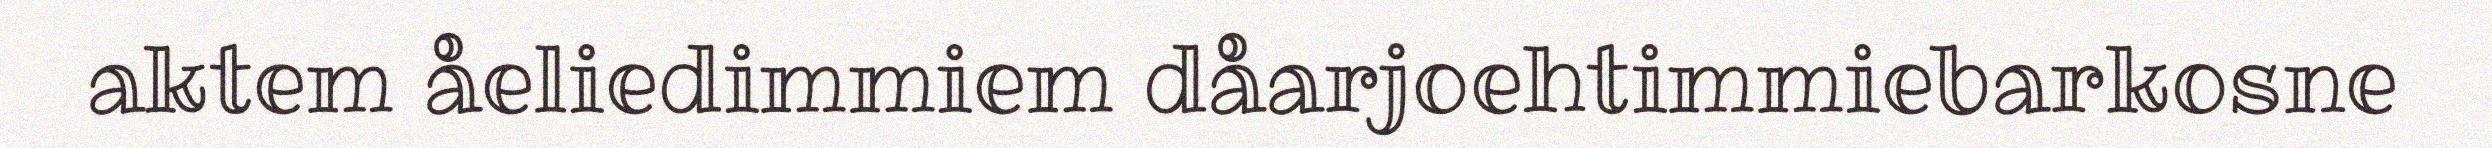
aktem åeliedimmiem dåarjoehtimmiebarkosne